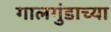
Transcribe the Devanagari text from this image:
गालगुंडाच्या